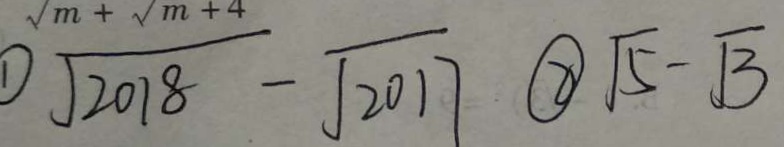
\textcircled { 1 } \sqrt { 2 0 1 8 } - \sqrt { 2 0 1 7 } \textcircled { 2 } \sqrt { 5 } - \sqrt { 3 }